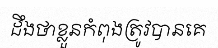
ដឹងថាខ្លួនកំពុងត្រូវបានគេ